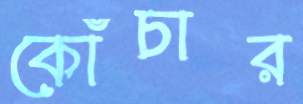
কোঁচার